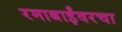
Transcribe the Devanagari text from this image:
रमाबाईंवरचा